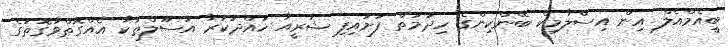
ބީއެމްއެލް އިން އިސްލާމިކް ބޭންކިންގެ ހިދުމަތް ފަށައިފި ޝަރީއާ ހުއްދަކުރާ އުސޫލްތަކާ އެއްގޮތްވާގޮތުގެ